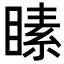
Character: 𪾵